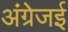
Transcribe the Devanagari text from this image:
अंग्रेजई